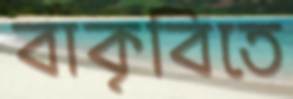
বাকৃবিতে